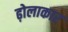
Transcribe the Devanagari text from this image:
ढ़ोलाकार